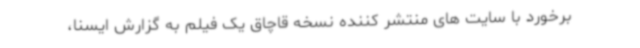
برخورد با سایت های منتشر کننده نسخه قاچاق یک فیلم به گزارش ایسنا،